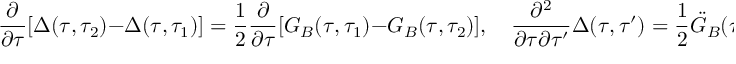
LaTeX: \frac { \partial } { \partial \tau } [ \Delta ( \tau , \tau _ { 2 } ) - \Delta ( \tau , \tau _ { 1 } ) ] = { \frac { 1 } { 2 } } \frac { \partial } { \partial \tau } [ G _ { B } ( \tau , \tau _ { 1 } ) - G _ { B } ( \tau , \tau _ { 2 } ) ] , \quad \frac { \partial ^ { 2 } } { \partial \tau \partial \tau ^ { \prime } } \Delta ( \tau , \tau ^ { \prime } ) = { \frac { 1 } { 2 } } \ddot { G } _ { B } ( \tau , \tau ^ { \prime } ) ,